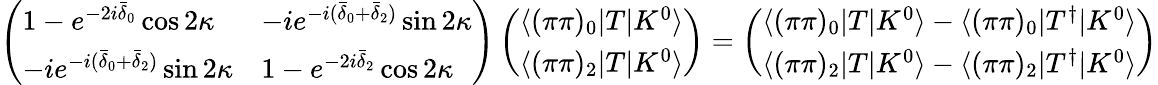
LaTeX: \left(\begin{array}{ll}{{{1-e^{-2i{\bar{\delta}}_{0}}\cos 2\kappa}}}&{{{-ie^{-i({\bar{\delta}}_{0}+{\bar{\delta}}_{2})}\sin 2\kappa}}}\\ {{{-ie^{-i({\bar{\delta}}_{0}+{\bar{\delta}}_{2})}\sin 2\kappa}}}&{{{1-e^{-2i{\bar{\delta}}_{2}}\cos 2\kappa}}}\end{array}\right)\left(\begin{array}{l}{{{\langle(\pi\pi)_{0}|T|K^{0}\rangle}}}\\ {{{\langle(\pi\pi)_{2}|T|K^{0}\rangle}}}\end{array}\right)=\left(\begin{array}{l}{{{\langle(\pi\pi)_{0}|T|K^{0}\rangle-\langle(\pi\pi)_{0}|T^{\dagger}|K^{0}\rangle}}}\\ {{{\langle(\pi\pi)_{2}|T|K^{0}\rangle-\langle(\pi\pi)_{2}|T^{\dagger}|K^{0}\rangle}}}\end{array}\right)